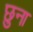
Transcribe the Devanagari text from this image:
छुना